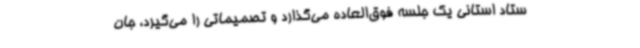
ستاد استانی یک جلسه فوق‌العاده می‌گذارد و تصمیماتی را می‌گیرد، جان